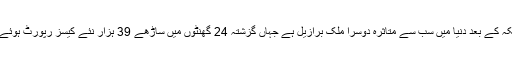
امریکہ کے بعد دنیا میں سب سے متاثرہ دوسرا ملک برازیل ہے جہاں گزشتہ 24 گھنٹوں میں ساڑھے 39 ہزار نئے کیسز رپورٹ ہوئے ہیں۔